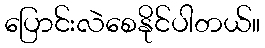
ပြောင်းလဲစေနိုင်ပါတယ်။